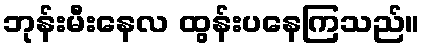
ဘုန်းမီးနေလ ထွန်းပနေကြသည်။